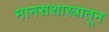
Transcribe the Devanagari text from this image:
मानसशास्त्रातून